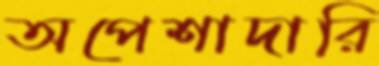
অপেশাদারি